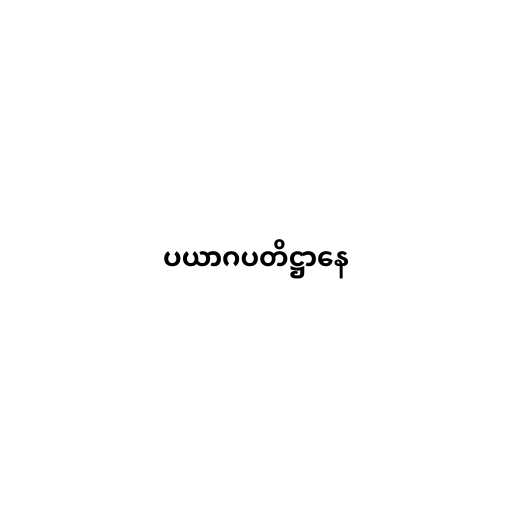
ပယာဂပတိဋ္ဌာနေ